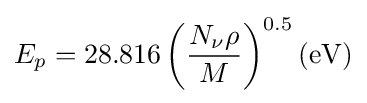
E_{p}=28.816\left({\frac {N_{\nu }\rho }{M}}\right)^{0.5}(\mathrm {eV} )